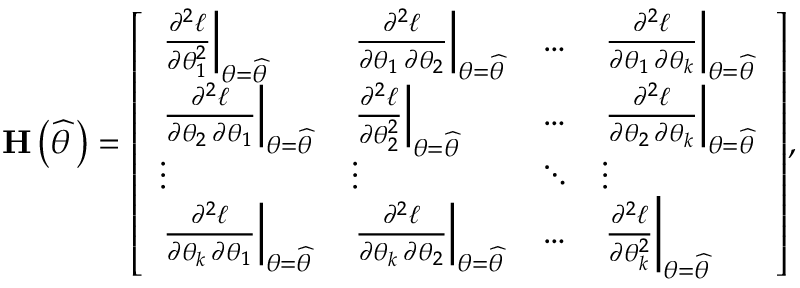
\mathbf { H } \left( { \widehat { \theta \, } } \right) = { \left[ \begin{array} { l l l l } { \left. { \frac { \partial ^ { 2 } \ell } { \partial \theta _ { 1 } ^ { 2 } } } \right| _ { \theta = { \widehat { \theta \, } } } } & { \left. { \frac { \partial ^ { 2 } \ell } { \partial \theta _ { 1 } \, \partial \theta _ { 2 } } } \right| _ { \theta = { \widehat { \theta \, } } } } & { \dots } & { \left. { \frac { \partial ^ { 2 } \ell } { \partial \theta _ { 1 } \, \partial \theta _ { k } } } \right| _ { \theta = { \widehat { \theta \, } } } } \\ { \left. { \frac { \partial ^ { 2 } \ell } { \partial \theta _ { 2 } \, \partial \theta _ { 1 } } } \right| _ { \theta = { \widehat { \theta \, } } } } & { \left. { \frac { \partial ^ { 2 } \ell } { \partial \theta _ { 2 } ^ { 2 } } } \right| _ { \theta = { \widehat { \theta \, } } } } & { \dots } & { \left. { \frac { \partial ^ { 2 } \ell } { \partial \theta _ { 2 } \, \partial \theta _ { k } } } \right| _ { \theta = { \widehat { \theta \, } } } } \\ { \vdots } & { \vdots } & { \ddots } & { \vdots } \\ { \left. { \frac { \partial ^ { 2 } \ell } { \partial \theta _ { k } \, \partial \theta _ { 1 } } } \right| _ { \theta = { \widehat { \theta \, } } } } & { \left. { \frac { \partial ^ { 2 } \ell } { \partial \theta _ { k } \, \partial \theta _ { 2 } } } \right| _ { \theta = { \widehat { \theta \, } } } } & { \dots } & { \left. { \frac { \partial ^ { 2 } \ell } { \partial \theta _ { k } ^ { 2 } } } \right| _ { \theta = { \widehat { \theta \, } } } } \end{array} \right] } ,